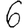
Digit: 6